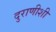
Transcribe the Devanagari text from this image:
दुराणीशी